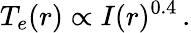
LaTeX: T_{e}(r)\propto I(r)^{0.4}\, .